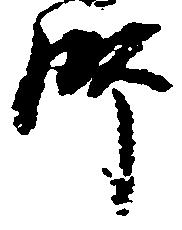
師